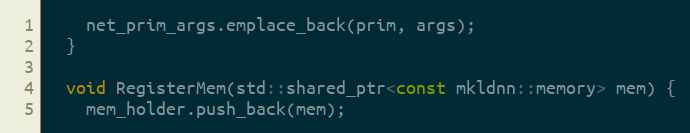
Language: C
    net_prim_args.emplace_back(prim, args);
  }

  void RegisterMem(std::shared_ptr<const mkldnn::memory> mem) {
    mem_holder.push_back(mem);